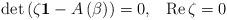
LaTeX: \begin{align*}\det\left( \zeta\mathbf{1}-A\left( \beta\right) \right) =0,\text{\ \ }\operatorname{Re}\zeta=0 \end{align*}